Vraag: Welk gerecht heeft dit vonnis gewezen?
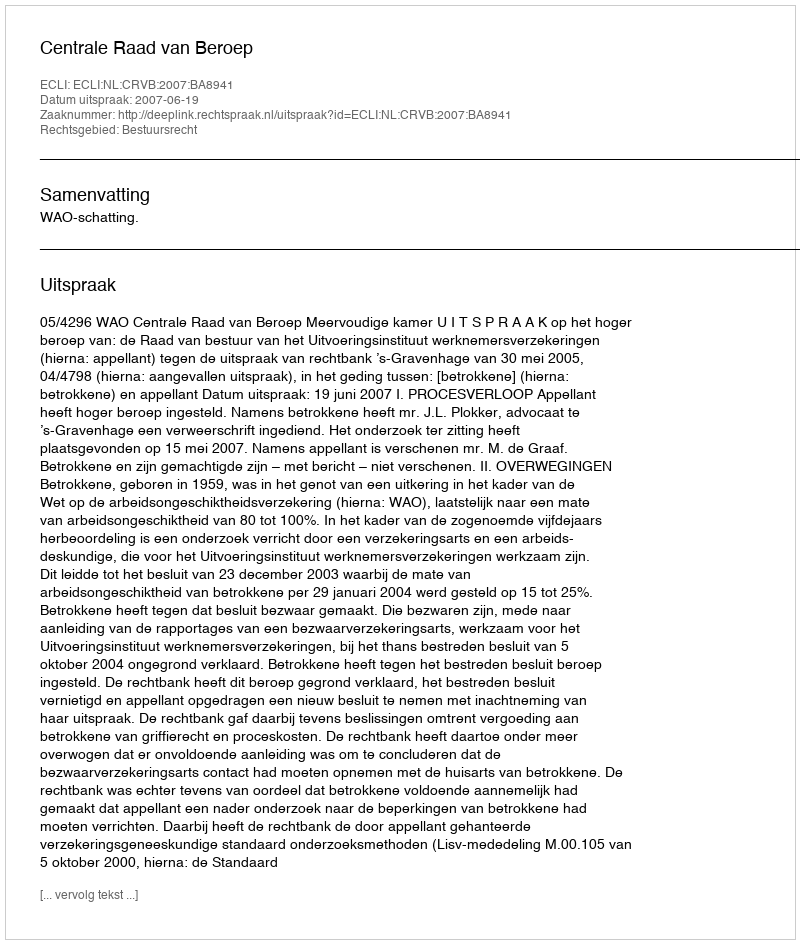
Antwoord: Centrale Raad van Beroep